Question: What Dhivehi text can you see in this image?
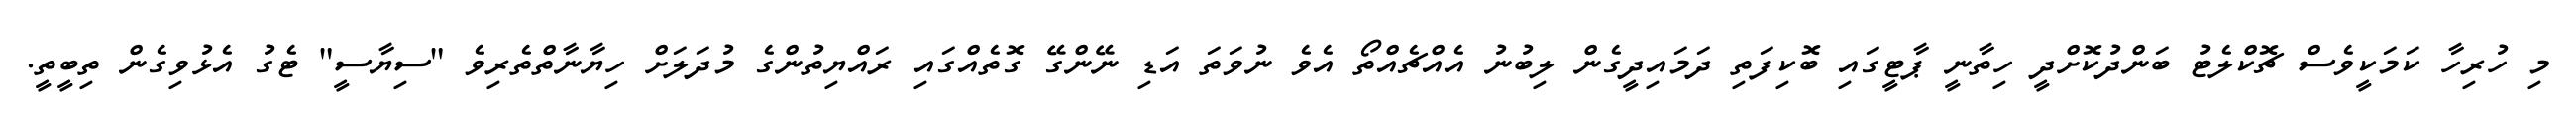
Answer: މި ހުރިހާ ކަމަކީވެސް ޗޮކްލެޓު ބަންދުކޮށްދީ ހިތާނީ ޕާޓީގައި ބޮކިފަތި ދަމައިދީގެން ލިބުނު އެއްޗެއްތޯ އެވެ ނުވަތަ އަޑި ނޭންގޭ ގޮތެއްގައި ރައްޔިތުންގެ މުދަލަށް ހިޔާނާތްތެރިވެ "ސިޔާސީ" ޓެގު އެޅުވިގެން ތިބީތީ.